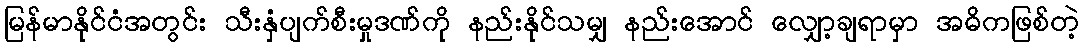
မြန်မာနိုင်ငံအတွင်း သီးနှံပျက်စီးမှုဒဏ်ကို နည်းနိုင်သမျှ နည်းအောင် လျှော့ချရာမှာ အဓိကဖြစ်တဲ့